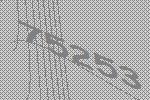
75253